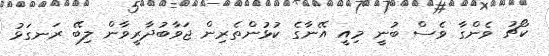
ކޯޗު ވެންގާ ވެސް ބުނީ މިއީ އޭނާގެ ކުޅުންތެރިން ޖަވާބުދާރީވާން ލިބޭ ރަނގަޅު